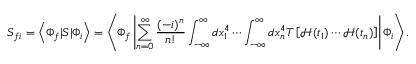
S _ { f i } = \left\langle \Phi _ { f } | S | \Phi _ { i } \right\rangle = \left\langle \Phi _ { f } \left| \sum _ { n = 0 } ^ { \infty } { \frac { ( - i ) ^ { n } } { n ! } } \int _ { - \infty } ^ { \infty } d x _ { 1 } ^ { 4 } \cdots \int _ { - \infty } ^ { \infty } d x _ { n } ^ { 4 } T \left[ { \mathcal { H } } ( t _ { 1 } ) \cdots { \mathcal { H } } ( t _ { n } ) \right] \right| \Phi _ { i } \right\rangle .